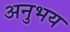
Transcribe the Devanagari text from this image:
अनुभय